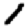
Digit: 1